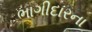
ભાગીદારના